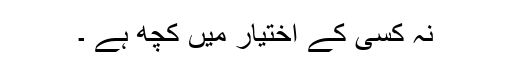
نہ کسی کے اختیار میں کچھ ہے ۔